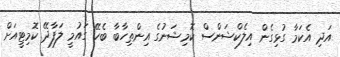
އަދި އެކަމާ ގުޅިގެން އިލެކްޝަންސް ކޮމިޝަނުގެ އިންތިހާބާ ބެހޭ ގައުމީ ލަފާދޭ ކޮމިޓީއަށް